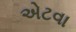
એટવા